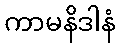
ကာမနိဒါနံ